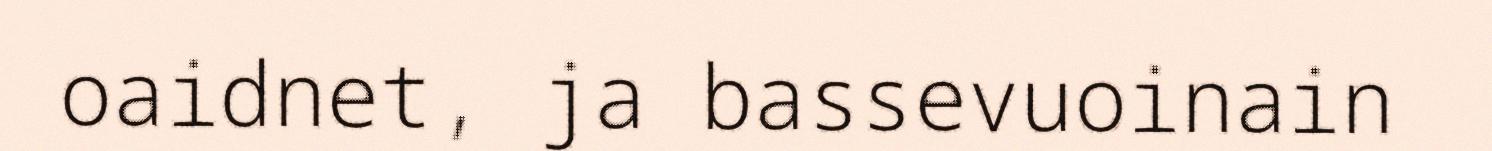
oaidnet, ja bassevuoinain